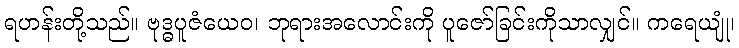
ရဟန်းတို့သည်။ ဗုဒ္ဓပူဇံယေဝ၊ ဘုရားအလောင်းကို ပူဇော်ခြင်းကိုသာလျှင်။ ကရေယျုံ၊